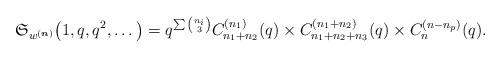
LaTeX: \begin{gather*}\mathfrak{S}_{w^{({\boldsymbol{n}})}}\big(1,q,q^2,\ldots\big)=q^{\sum {n_i \choose 3}} C_{n_{1}+n_{2}}^{(n_1)}(q) \times C_{n_{1}+n_{2}+n_{3}}^{(n_1+n_2)}(q) \times C_{n}^{(n-n_{p})}(q).\end{gather*}